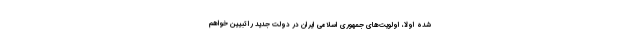
شده اولاً، اولویت‌های جمهوری اسلامی ایران در دولت جدید را تبیین خواهم